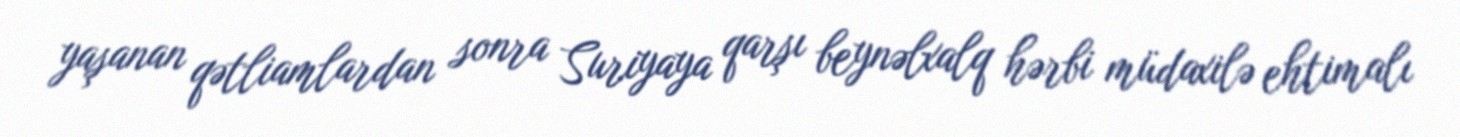
yaşanan qətliamlardan sonra Suriyaya qarşı beynəlxalq hərbi müdaxilə ehtimalı